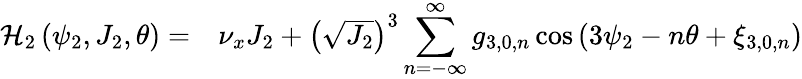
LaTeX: \begin{array}{cl}{\mathcal{H}_{2}\left(\psi_{2},J_{2},\theta\right)=}&{\nu_{x}J_{2}+\left(\sqrt{J_{2}}\right)^{3}\displaystyle\sum_{n=-\infty}^{\infty}{g_{3,0,n}\cos{\left(3\psi_{2}-n\theta+\xi_{3,0,n}\right)}}}\end{array}